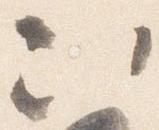
次